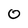
Character: 0